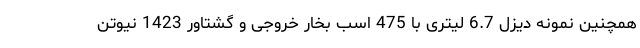
همچنین نمونه دیزل 6.7 لیتری با 475 اسب بخار خروجی و گشتاور 1423 نیوتن